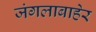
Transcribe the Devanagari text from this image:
जंगलाबाहेर